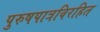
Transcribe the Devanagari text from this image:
पुरुषपात्रविरहित